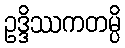
ဥဒ္ဒိဿကတမ္ပိ